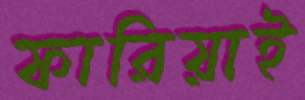
ফারিয়াই